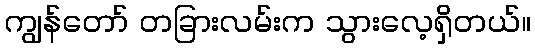
ကျွန်တော် တခြားလမ်းက သွားလေ့ရှိတယ်။